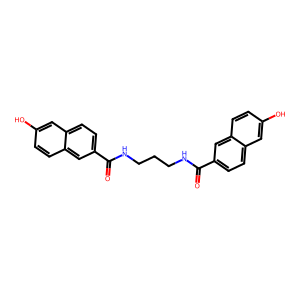
SMILES: O=C(NCCCNC(=O)c1ccc2cc(O)ccc2c1)c1ccc2cc(O)ccc2c1
Inhibits HIV replication: No